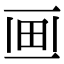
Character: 𤰱